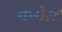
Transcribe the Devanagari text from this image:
कमेरों